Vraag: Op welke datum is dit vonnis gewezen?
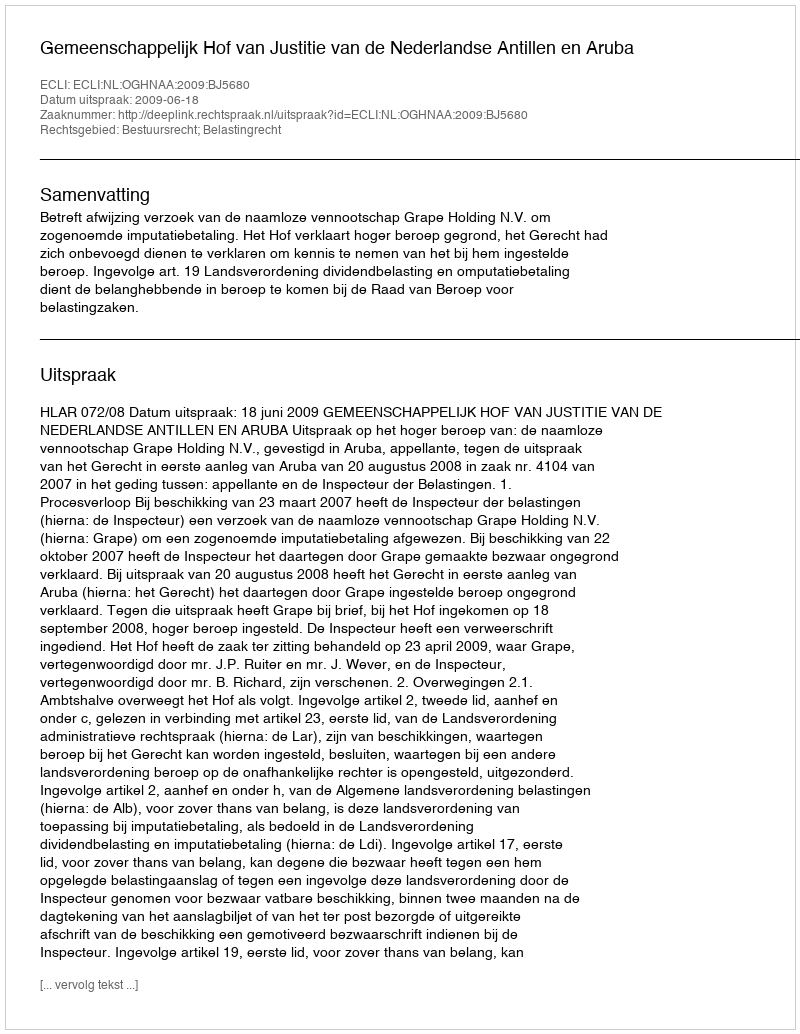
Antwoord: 2009-06-18